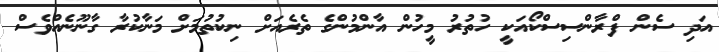
އަދި ސެން ފްރާންސިސްކޯއަކީ ހުތުރު މީހުން އާންމުންގެ ތެރެއަށް ނިކުތުމަށް މަނާކުރާ ގާނޫނެއްވެސް